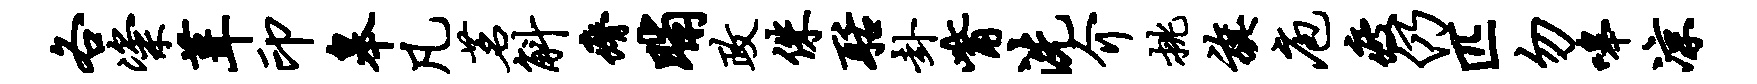
各粢葺印皋凡茗斛瘠晡政侏聒卦觜洗介挑旗庖疲仍匹勿嗥凉